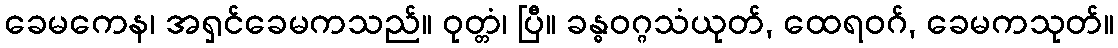
ခေမကေန၊ အရှင်ခေမကသည်။ ဝုတ္တံ၊ ပြီ။ ခန္ဓဝဂ္ဂသံယုတ်, ထေရဝဂ်, ခေမကသုတ်။